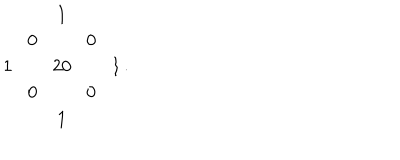
\begin{array} { c c c c c } { { } } & { { } } & { { 1 } } & { { } } & { { } } \\ { { } } & { { 0 \! } } & { { } } & { { \! 0 } } & { { } } \\ { { 1 \! } } & { { \! } } & { { 2 0 } } & { { \! } } & { { \! 1 } } \\ { { } } & { { 0 \! } } & { { } } & { { \! 0 } } & { { } } \\ { { } } & { { } } & { { 1 } } & { { } } & { { } } \\ \end{array} .